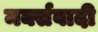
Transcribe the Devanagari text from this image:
मर्क्सवादी